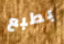
بطبع